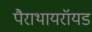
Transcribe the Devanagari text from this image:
पैराथायरॉयड